King Institute of Preventive Medicine Micro-Biological Section reports 1912-19
Year: 1912
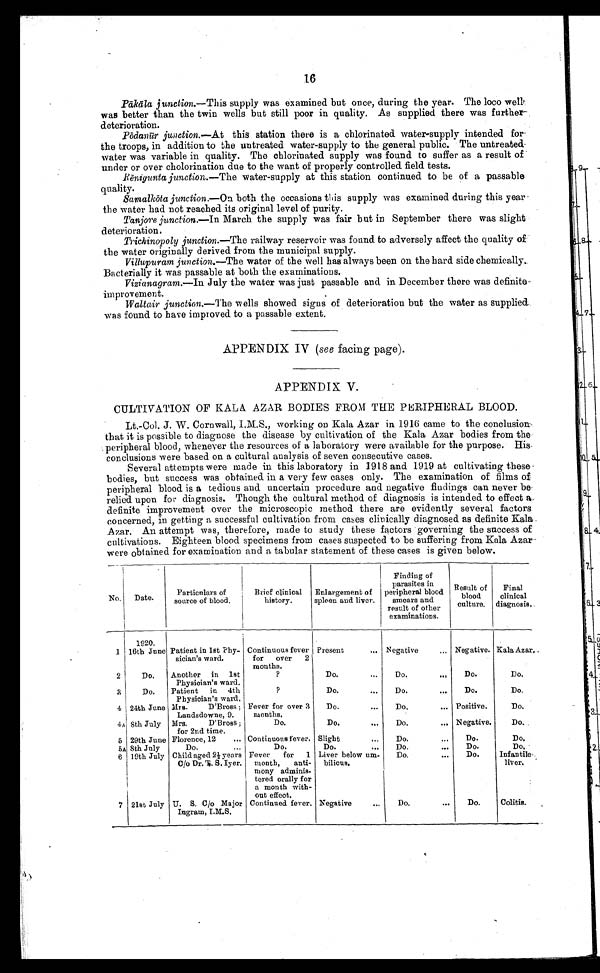
16
Pākā
la junction.—This supply was examined but once, during the year. The loco well
was better than the twin wells but still poor in quality. As supplied there was further
deterioration.
Pō
danūr junction.—At this station there is a chlorinated water-supply intended for
the troops, in addition to the untreated water-supply to the general public. The untreated
water was variable in quality. The chlorinated supply was found to suffer as a result of
under or over cholorination due to the want of properly controlled field tests.
Rē
nigunta junction.— The water-supply at this station continued to be of a passable
quality.
Samalkōta junction.—On both the occasions this supply was examined during this year
the water had not reached its original level of purity.
Tanjore junction.—In March the supply was fair but in September there was slight
deterioration.
Trichinopoly junction.—The railway reservoir was found. to adversely affect the quality of
the water originally derived from the municipal supply.
Villupuram junction.—The water of the well has always been on the hard side chemically.
Bacterially it was passable at both the examinations.
Vizianagram.—In July the water was just passable and in December there was definite
improvement.
Waltair junction. —The wells showed signs of deterioration but the water as supplied.
was found to have improved to a passable extent.
APPENDIX IV (see facing page).
APPENDIX V.
CULTIVATION OF KALA AZAR BODIES FROM THE PERIPHERAL BLOOD.
Lt.-Col. J. W. Cornwall, I.M.S., working on Kala Azar in 1916 came to the conclusion
that it is possible to diagnose the disease by cultivation of the Kala Azar bodies from the
peripheral blood, whenever the resources of a laboratory were available for the purpose. His.
conclusions were based on a cultural analysis of seven consecutive cases.
Several attempts were made in this laboratory in 1918 and 1919 at cultivating these
bodies, but success was obtained in a very few cases only. The examination of films of
peripheral blood is a tedious and uncertain procedure and negative findings can never be
relied upon for diagnosis. Though the cultural method of diagnosis is intended to effect a
definite improvement over the microscopic method there are evidently several factors
concerned, in getting a successful cultivation from cases clinically diagnosed as definite Kala
Azar. An attempt was, therefore, made to study these factors governing the success of
cultivations. Eighteen blood specimens from cases suspected to be suffering from Kala Azar
were obtained for examination and a tabular statement of these cases is given below.
No.
Date.
Particulars of
source of blood.
Brief clinical
history.
Enlargement of
spleen and liver.
Finding of
parasites in
peripheral blood
smears and
result of other
examinations.
Result of
blood
culture.
Final
clinical
diagnosis.
1
1920.
16th June Patient in 1st Phy-
sician's ward.
Continuous fever
for
over
2
months.
Present
... Negative
... Negative. Kala Azar.
2
Do.
Another in 1st
Physician's ward.
?
Do.
...
Do.
...
Do.
Do.
3
Do.
Patient
in 4th
Physician's ward.
?
Do.
...
Do.
...
Do.
Do.
4 24th June Mrs.
D'Bross;
Landsdowne, 9.
Fever for over 3
months.
Do.
...
Do.
... Positive.
Do.
4A 8th July Mrs.
D'Bross ;
for 2nd time.
Do.
Do.
...
Do.
... Negative.
Do.
5 29th June Florence, 12
... Continuous fever. Slight
...
Do.
...
Do.
Do.
5A 8th July
Do.
...
Do.
Do.
...
Do.
...
Do.
Do. ...
6 19th July Child aged 2½ years
C/o Dr. T. S. Iyer.
Fever
for
1
month,
anti-
mony adminis-
tered orally for
a month with-
out effect.
Liver below um-
bilious.
Do.
...
Do.
Infantile
liver.
7 21st July U. S. C/o Major
Ingram, I.M.S.
Continued fever. Negative
...
Do.
...
Do.
Colitis.